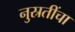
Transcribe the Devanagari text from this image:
नुस्रतींचा